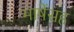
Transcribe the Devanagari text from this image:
भाषेंसह